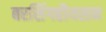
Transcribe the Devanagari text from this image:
बरसिंगहौयसन